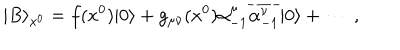
LaTeX: | B \rangle _ { x ^ { 0 } } = f ( x ^ { 0 } ) | 0 \rangle + g _ { \mu \nu } ( x ^ { 0 } ) \alpha _ { - 1 } ^ { \mu } \overline { { { \alpha _ { - 1 } ^ { \nu } } } } | 0 \rangle + \cdots ~ ,